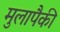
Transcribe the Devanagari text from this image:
मुलापैकी